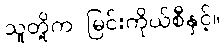
သူတို့က မြင်းကိုယ်စီနှင့်။